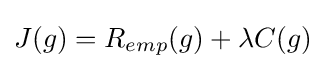
J(g)=R_{emp}(g)+\lambda C(g)